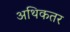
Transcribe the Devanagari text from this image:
अथिकतर